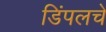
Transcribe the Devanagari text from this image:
डिंपलचे